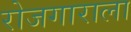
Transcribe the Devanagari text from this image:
रोजगाराला